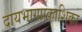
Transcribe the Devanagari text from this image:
दायभागप्रकाशिका